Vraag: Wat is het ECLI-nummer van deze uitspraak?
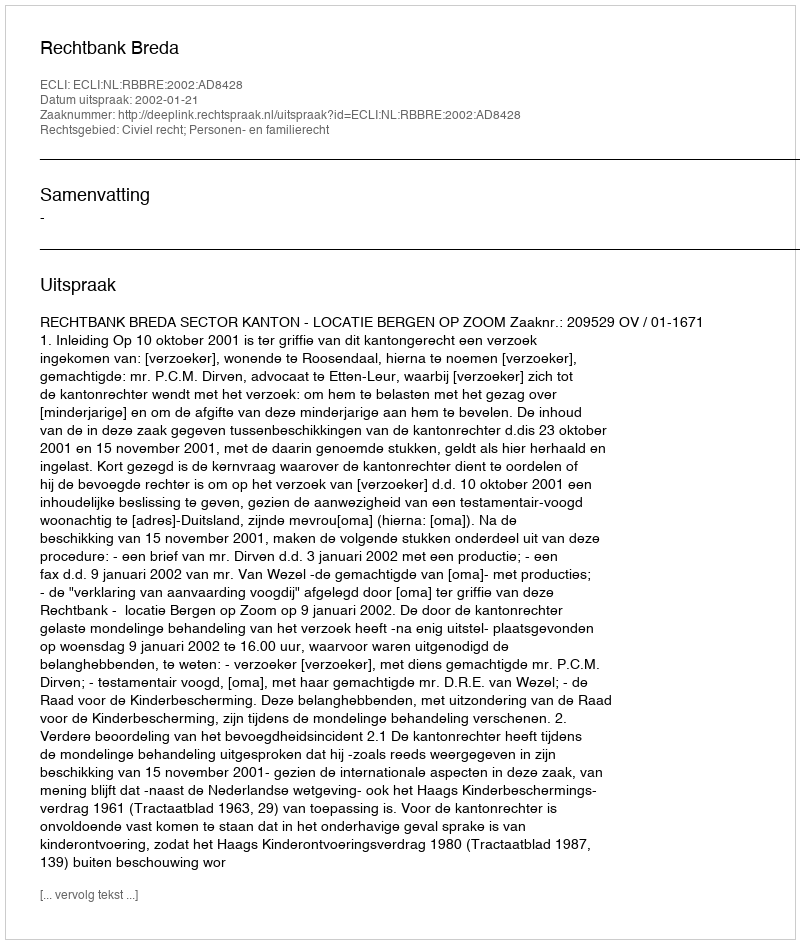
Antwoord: ECLI:NL:RBBRE:2002:AD8428